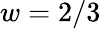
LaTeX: w=2/3